Annual report of the Bengal Veterinary College and of the Civil Veterinary Department, Bengal, for the year 1919-20 - 1919-1920
Year: 1919
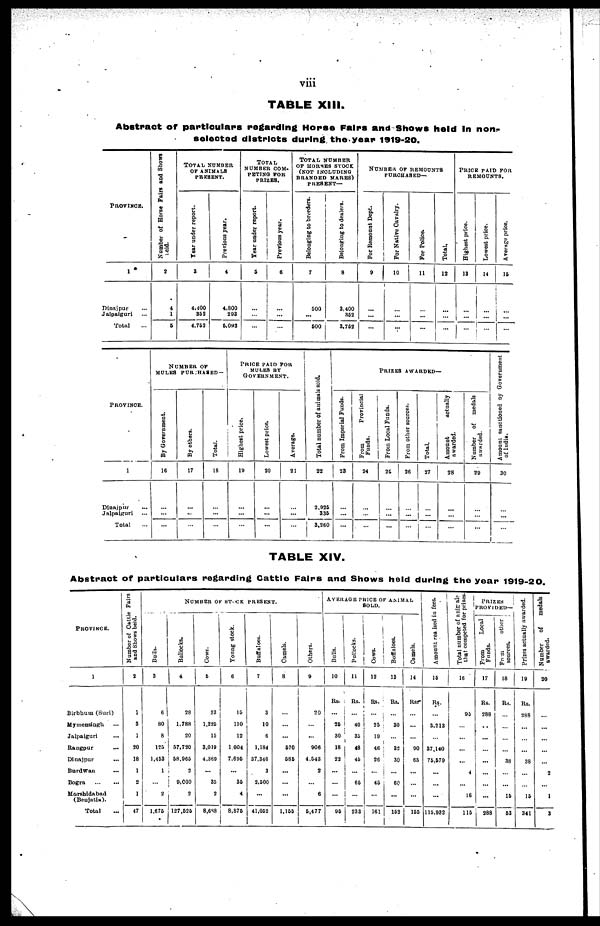
viii
TABLE XIII.
Abstract of particulars regarding Horse Fairs and Shows held In non-
selected districts during the year 1919-20.
PROVINCE.
1
Dinajpur ...
Jalpaiguri ...
Total ...
Number of Horse Fairs and Shows
held.
2
4
1
5
TOTAL NUMBER
OF ANIMALS
PRESENT.
Tear under report.
3
4,400
352
4,762
Previous year.
4
4,800
293
6,093
TOTAL
NUMBER COM-
------ FOR
PRIZES.
Year
under report.
5
...
...
...
Previous year.
6
...
...
...
TOTAL NUMBER
OF HORSE
(NOT INCLUDING
BRANDED MARES)
PRESENT-
Belonging to breeders.
7
500
...
500
Belonging to dealers.
8
3,400
362
3,752
NUMBER OF REMOUNTS
PURCHASED—
For Remount Dept.
9
...
...
...
For Native Cavalry.
10
...
...
...
For Police.
11
...
...
...
Total.
12
...
...
...
PRICE PAID FOR
REMOUNTS.
Highest price.
13
...
...
...
Lowest price.
14
...
...
...
Average price.
15
...
...
...
PROVINCE.
1
Dinajpur ...
Jalpaiguri
...
Total ...
NUMBER OF
MULES PURCHASED —
By Government.
16
...
...
...
By others.
17
...
...
...
Total.
18
...
...
...
PRICE
PAID
FOR
MULES BY
GOVERNMENT.
Highest price.
19
...
...
...
Lowest price.
20
...
...
...
Average.
21
...
...
...
Total number of animals sold.
22
2,926
335
3,260
PRIZES AWARDED—
Fr om I mper i al Funds .
23
...
...
...
Fr om Provincial
Funds .
24
...
...
...
From Local Funds.
26
...
...
...
From other sources.
26
...
...
...
Total.
27
...
...
...
Amount
actually
awarded.
28
...
...
...
Number of medals
awarded.
29
...
...
...
Amount sanctioned by Government
of India.
30
...
...
...
TABLE XIV.
Abstract of particulars regarding Cattle Fairs and Shows held during the year 1919-20.
PROVINCE.
1
Birbhum (Suri)
Mymensingh ...
Jalpaiguri ...
Rangpur ...
Dinajpur ...
Burdwan ...
Bogra
...
...
Marshidabad
(Benjatia).
Total ...
Number of Cattle Fairs
and Shows held.
2
1
3
1
20
18
1
2
1
47
Number ok stock present.
Bulls.
3
6
80
8
125
1,453
1
...
2
1,675
Bullocks.
4
28
1,788
20
57,720
58,965
2
9,000
3
127,525
Cows.
5
23
1,225
15
3,019
4,369
...
35
2
8,688
Young stock.
6
15
110
12
1.004
7,695
...
35
4
8,876
Buffaloes.
7
3
10
6
1,184
37,346
3
2,500
...
41,052
Camels.
8
...
...
...
570
586
...
...
...
1,155
Others.
9
20
...
...
906
4,543
2
...
6
5,477
AVERAGE PRICE OF ANIMAL
SOLD.
Bulls.
10
Rs.
...
25
30
18
22
...
...
...
95
Bullocks.
11
Rs.
...
40
35
48
45
...
65
...
233
Cows.
12
Rs.
...
25
19
46
26
...
45
...
161
Buffaloes.
13
Rs.
...
30
...
32
30
...
60
...
152
Camels.
14
Rs.
...
...
...
90
65
...
...
...
155
Amount realised
in fees.
15
Rs.
...
3,213
...
37,140
75,579
...
...
......
115,932
Total number of animals
that competed for prizes.
16
95
...
...
...
...
4
...
16
115
PRIZES
PROVIDED—
From
Local
Funds.
17
Rs.
288
...
...
...
...
...
...
...
288
From
other
sources.
18
Rs.
...
...
...
...
38
...
...
15
53
Prizes actually awarded.
19
Rs.
288
...
...
...
38
...
...
15
341
Number
of
medals
awarded.
20
...
...
...
...
...
2
...
1
3